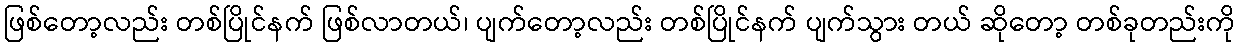
ဖြစ်တော့လည်း တစ်ပြိုင်နက် ဖြစ်လာတယ်၊ ပျက်တော့လည်း တစ်ပြိုင်နက် ပျက်သွား တယ် ဆိုတော့ တစ်ခုတည်းကို